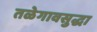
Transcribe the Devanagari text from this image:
तळेगावसुद्धा